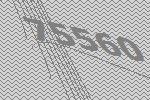
75560